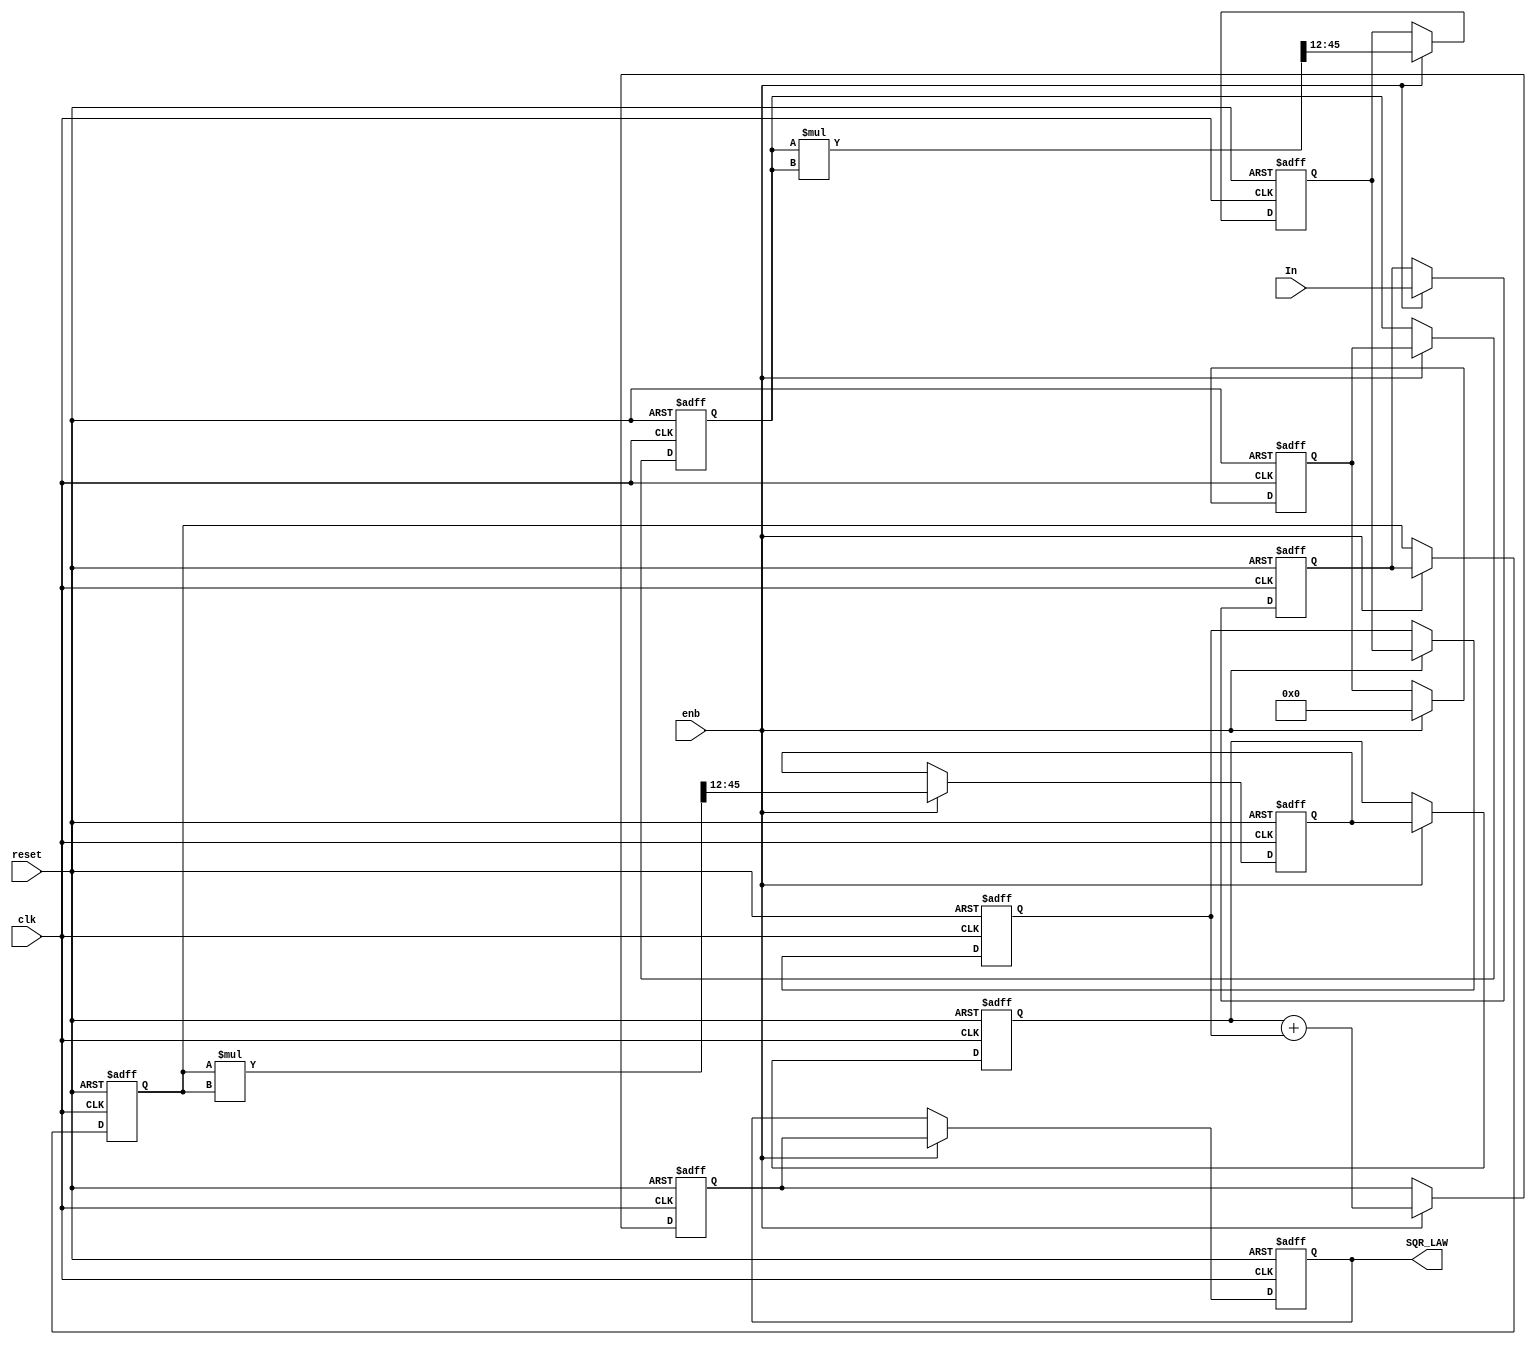
// -------------------------------------------------------------
// 
// 
// Generated by MATLAB 9.12 and HDL Coder 3.20
// 
// -------------------------------------------------------------


// -------------------------------------------------------------
// 
// Module: Square_Law_HDL
// Source Path: SimulinkCFARHDLWorkflowExampleNew/CFAR Implementation Model/Square Law HDL
// Hierarchy Level: 1
// 
// -------------------------------------------------------------

`timescale 1 ns / 1 ns

module Square_Law_HDL
          (clk,
           reset,
           enb,
           In,
           SQR_LAW);


  input   clk;
  input   reset;
  input   enb;
  input   signed [33:0] In;  // sfix34_En12
  output  signed [33:0] SQR_LAW;  // sfix34_En12


  wire signed [33:0] Complex_to_Real_Imag_out1;  // sfix34_En12
  wire signed [33:0] Complex_to_Real_Imag_out2;  // sfix34_En12
  reg signed [33:0] reduced_reg [0:1];  // sfix34 [2]
  wire signed [33:0] reduced_reg_next [0:1];  // sfix34_En12 [2]
  wire signed [33:0] Complex_to_Real_Imag_out1_1;  // sfix34_En12
  wire signed [67:0] a_a_mul_temp;  // sfix68_En24
  wire signed [33:0] a_a_out1;  // sfix34_En12
  reg signed [33:0] Delay7_reg [0:1];  // sfix34 [2]
  wire signed [33:0] Delay7_reg_next [0:1];  // sfix34_En12 [2]
  wire signed [33:0] Delay7_out1;  // sfix34_En12
  reg signed [33:0] reduced_reg_1 [0:1];  // sfix34 [2]
  wire signed [33:0] reduced_reg_next_1 [0:1];  // sfix34_En12 [2]
  wire signed [33:0] Complex_to_Real_Imag_out2_1;  // sfix34_En12
  wire signed [67:0] a_a1_mul_temp;  // sfix68_En24
  wire signed [33:0] a_a1_out1;  // sfix34_En12
  reg signed [33:0] Delay8_reg [0:1];  // sfix34 [2]
  wire signed [33:0] Delay8_reg_next [0:1];  // sfix34_En12 [2]
  wire signed [33:0] Delay8_out1;  // sfix34_En12
  wire signed [33:0] a_a_b_b_out1;  // sfix34_En12
  reg signed [33:0] Delay_reg [0:1];  // sfix34 [2]
  wire signed [33:0] Delay_reg_next [0:1];  // sfix34_En12 [2]
  wire signed [33:0] Delay_out1;  // sfix34_En12


  assign Complex_to_Real_Imag_out1 = In;
  assign Complex_to_Real_Imag_out2 = 34'sh000000000;



  always @(posedge clk or posedge reset)
    begin : reduced_process
      if (reset == 1'b1) begin
        reduced_reg[0] <= 34'sh000000000;
        reduced_reg[1] <= 34'sh000000000;
      end
      else begin
        if (enb) begin
          reduced_reg[0] <= reduced_reg_next[0];
          reduced_reg[1] <= reduced_reg_next[1];
        end
      end
    end

  assign Complex_to_Real_Imag_out1_1 = reduced_reg[1];
  assign reduced_reg_next[0] = Complex_to_Real_Imag_out1;
  assign reduced_reg_next[1] = reduced_reg[0];



  assign a_a_mul_temp = Complex_to_Real_Imag_out1_1 * Complex_to_Real_Imag_out1_1;
  assign a_a_out1 = a_a_mul_temp[45:12];



  always @(posedge clk or posedge reset)
    begin : Delay7_process
      if (reset == 1'b1) begin
        Delay7_reg[0] <= 34'sh000000000;
        Delay7_reg[1] <= 34'sh000000000;
      end
      else begin
        if (enb) begin
          Delay7_reg[0] <= Delay7_reg_next[0];
          Delay7_reg[1] <= Delay7_reg_next[1];
        end
      end
    end

  assign Delay7_out1 = Delay7_reg[1];
  assign Delay7_reg_next[0] = a_a_out1;
  assign Delay7_reg_next[1] = Delay7_reg[0];



  always @(posedge clk or posedge reset)
    begin : reduced_1_process
      if (reset == 1'b1) begin
        reduced_reg_1[0] <= 34'sh000000000;
        reduced_reg_1[1] <= 34'sh000000000;
      end
      else begin
        if (enb) begin
          reduced_reg_1[0] <= reduced_reg_next_1[0];
          reduced_reg_1[1] <= reduced_reg_next_1[1];
        end
      end
    end

  assign Complex_to_Real_Imag_out2_1 = reduced_reg_1[1];
  assign reduced_reg_next_1[0] = Complex_to_Real_Imag_out2;
  assign reduced_reg_next_1[1] = reduced_reg_1[0];



  assign a_a1_mul_temp = Complex_to_Real_Imag_out2_1 * Complex_to_Real_Imag_out2_1;
  assign a_a1_out1 = a_a1_mul_temp[45:12];



  always @(posedge clk or posedge reset)
    begin : Delay8_process
      if (reset == 1'b1) begin
        Delay8_reg[0] <= 34'sh000000000;
        Delay8_reg[1] <= 34'sh000000000;
      end
      else begin
        if (enb) begin
          Delay8_reg[0] <= Delay8_reg_next[0];
          Delay8_reg[1] <= Delay8_reg_next[1];
        end
      end
    end

  assign Delay8_out1 = Delay8_reg[1];
  assign Delay8_reg_next[0] = a_a1_out1;
  assign Delay8_reg_next[1] = Delay8_reg[0];



  assign a_a_b_b_out1 = Delay7_out1 + Delay8_out1;



  always @(posedge clk or posedge reset)
    begin : Delay_process
      if (reset == 1'b1) begin
        Delay_reg[0] <= 34'sh000000000;
        Delay_reg[1] <= 34'sh000000000;
      end
      else begin
        if (enb) begin
          Delay_reg[0] <= Delay_reg_next[0];
          Delay_reg[1] <= Delay_reg_next[1];
        end
      end
    end

  assign Delay_out1 = Delay_reg[1];
  assign Delay_reg_next[0] = a_a_b_b_out1;
  assign Delay_reg_next[1] = Delay_reg[0];



  assign SQR_LAW = Delay_out1;

endmodule  // Square_Law_HDL